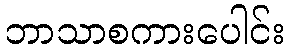
ဘာသာစကားပေါင်း